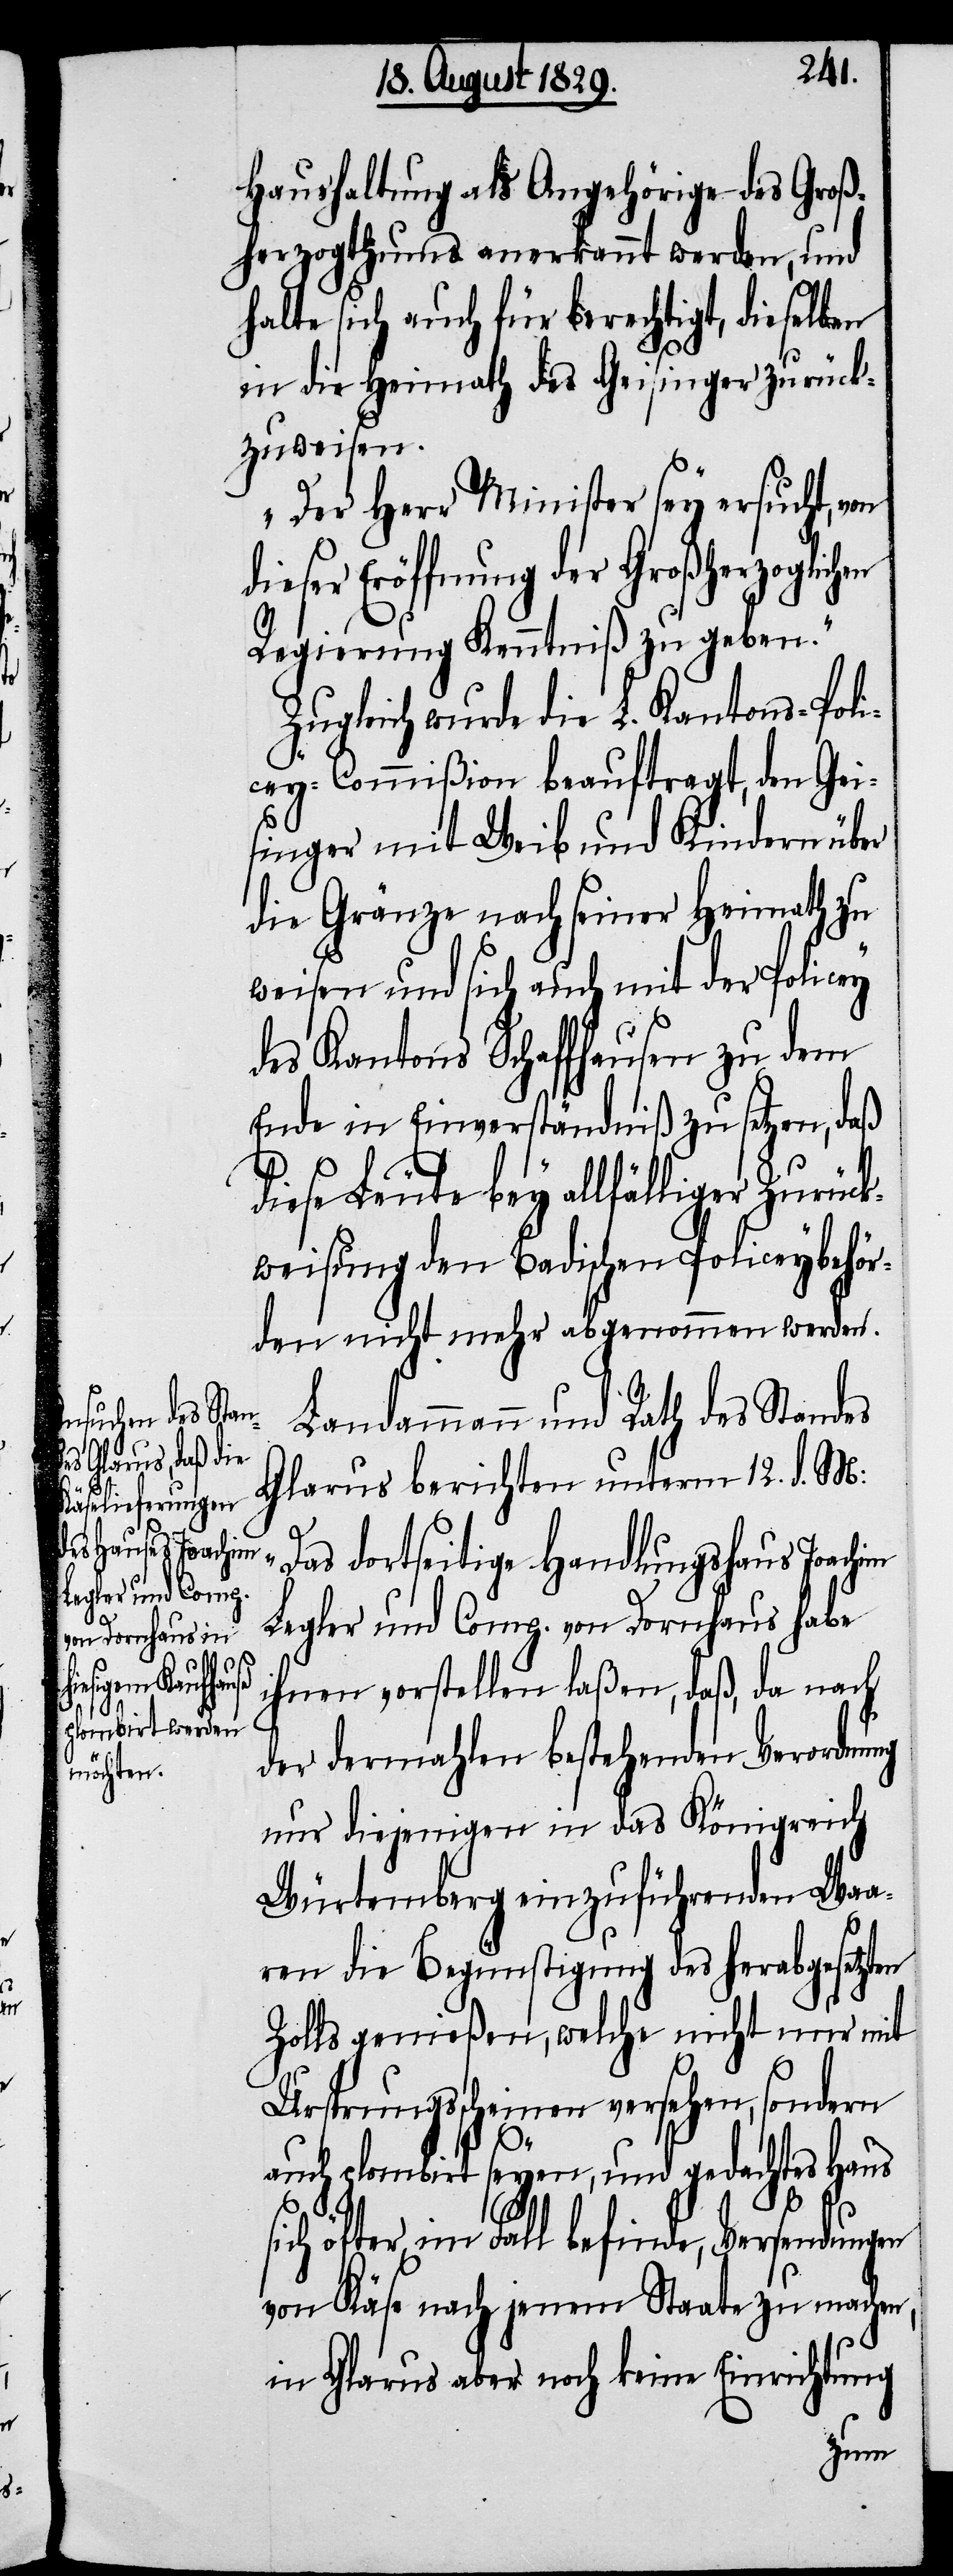
Haushaltung als Angehörige des Groß¬
herzogthums anerkannt werden, und
halte sich auch für berechtigt, dieselben
in die Heimath des Geisinger zurück¬
zuweisen.
Der Herr Minister sey ersucht,
dieser Eröffnung der Großherzoglich¬
Regierung Kenntniß zu geben.“
Zugleich wurde die L. Kantons-Poli¬
cey-Commißion beauftragt, den Gei¬
singer mit Weib und Kindern über
die Gränze nach seiner Heimath zu
weisen und sich auch mit der Policey
des Kantons Schaffhausen zu dem
Ende in Einverständniß zu setzen, daß
diese Leute bey allfälliger Zurück¬
weisung den Badischen Policeybehör¬
den nicht mehr abgenommen werden.
Landammann und Rath des Standes
Glarus berichten unterm 12. d. M:
as dortseitige Handlungshaus
Legler und Comp. von Dornhaus habe
ihnen vorstellen laßen, daß, da nach
der dermahlen bestehenden Verordnung
nur diejenigen in das Königreich
Würtemberg einzuführenden Waa¬
ren die Begünstigung des herabgesetzten
Zoll genießen, welche nicht nur mit
Ursprungsscheinen versehen, sondern
„D¬
auch plombirt seyen, und gedachtes Haus
sich öfter im Fall befinde, Versendungen
von Käse nach jenem Staate zu machen,
in Glarus aber noch keine Einrichtung